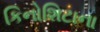
કિનોશિટાના